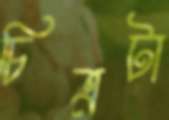
চিত্রটা